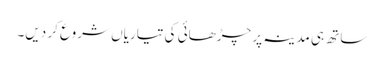
ساتھ ہی مدینہ پر چڑھائی کی تیاریاں شروع کر دیں۔